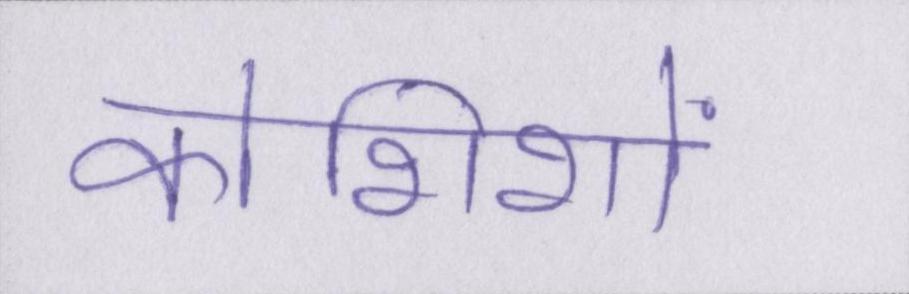
कोशिशों